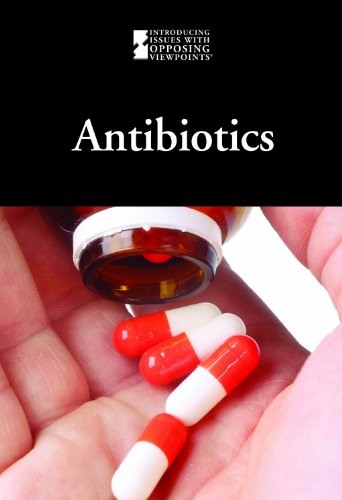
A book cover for Antibiotics (Introducing Issues With Opposing Viewpoints); Mary E. Williams; Teen & Young Adult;